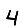
Digit: 4